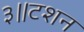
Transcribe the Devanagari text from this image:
३॥टशन